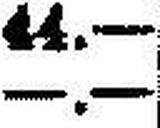
—.—